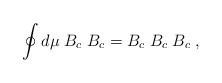
LaTeX: \begin{align*} \oint d\mu \; B_c \; B_c = B_c \; B_c \; B_c \; ,\end{align*}